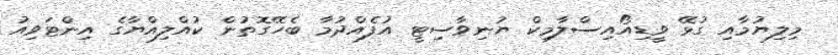
މިލިޔުމާއި ގުޅޭ ވީޑިއޯއިސްލާމިކް ޔުނިވާސިޓީ އުފެއްދުމާ ބެހޭގޮތުން ކުއްލިއްޔާގެ އިންޓަވިއު